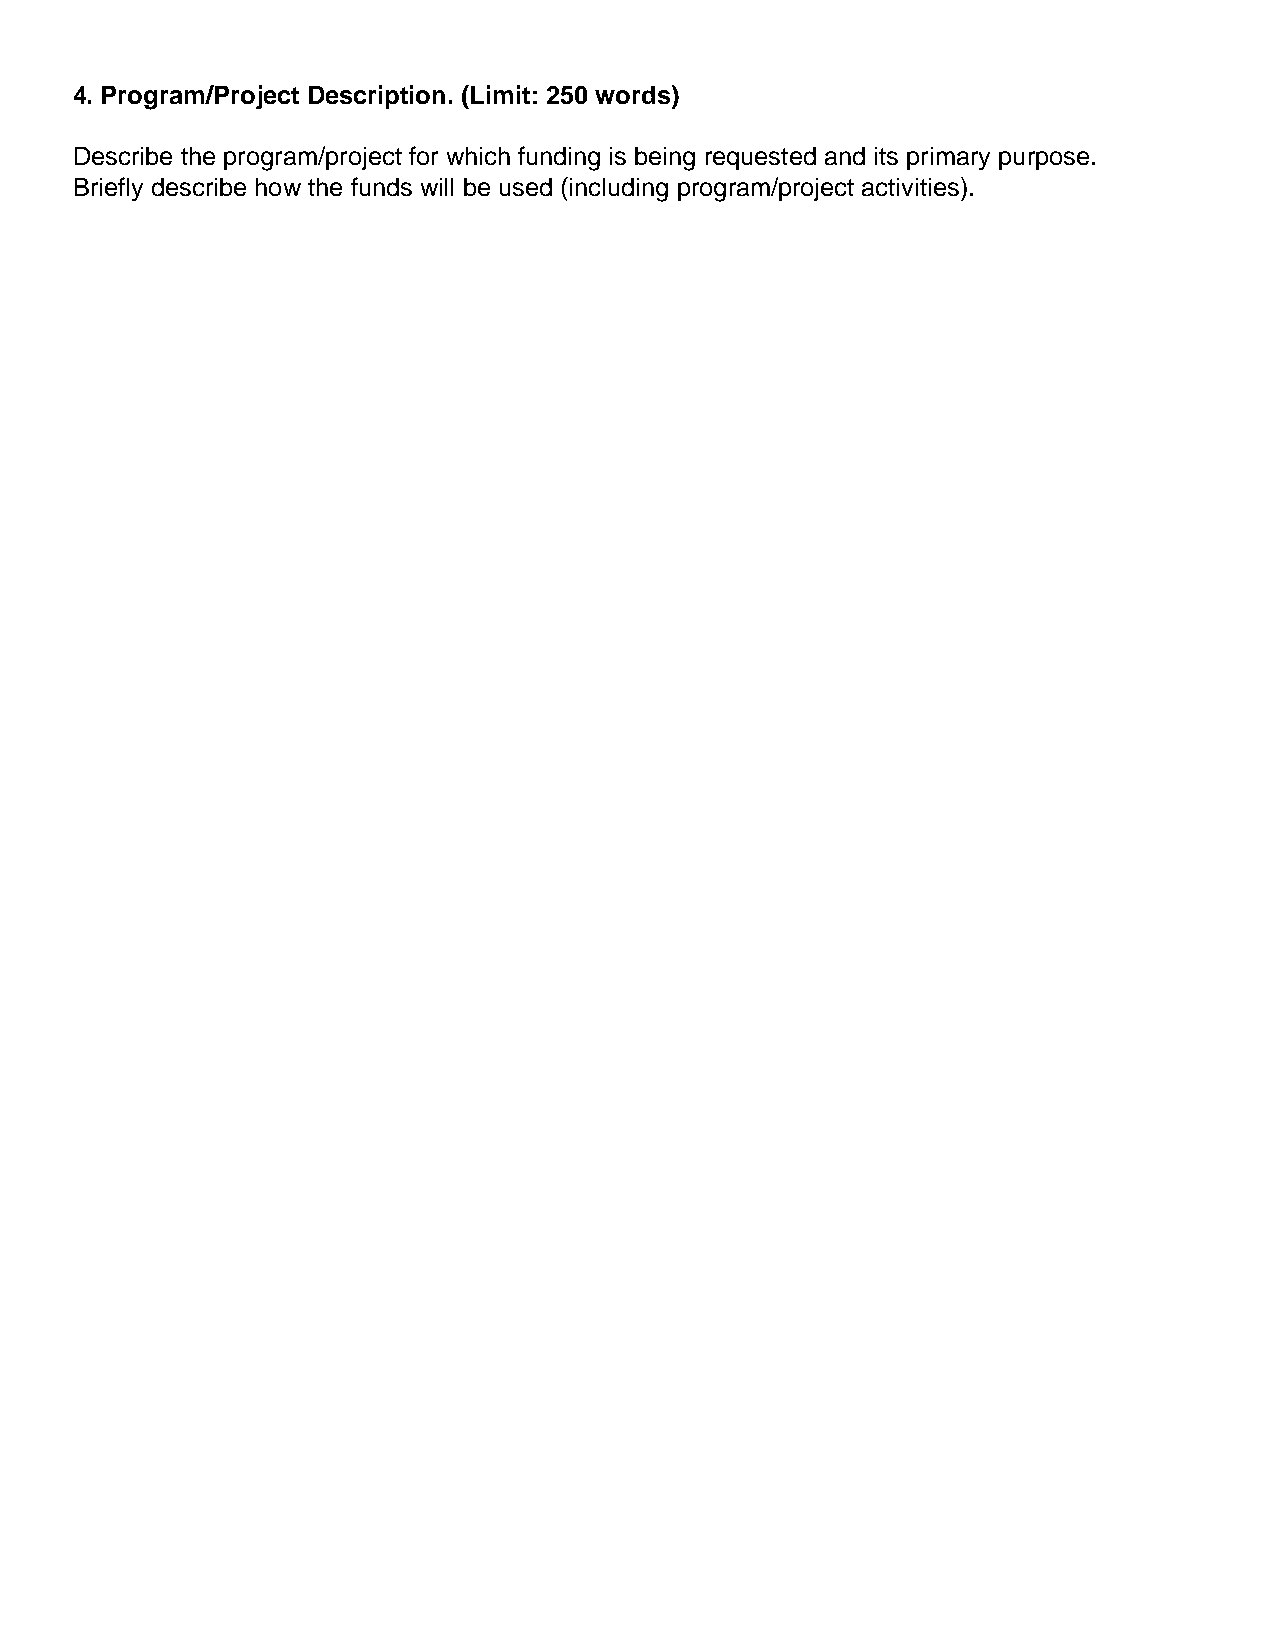
4. Program/Project Description. (Limit: 250 words)
 Describe the program/project for which funding is being requested and its primary purpose.
 Briefly describe how the funds will be used (including program/project activities).